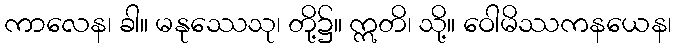
ကာလေန၊ ခါ။ မနုဿေသု၊ တို့၌။ ဣတိ၊ သို့။ ဝေါမိဿကနယေန၊